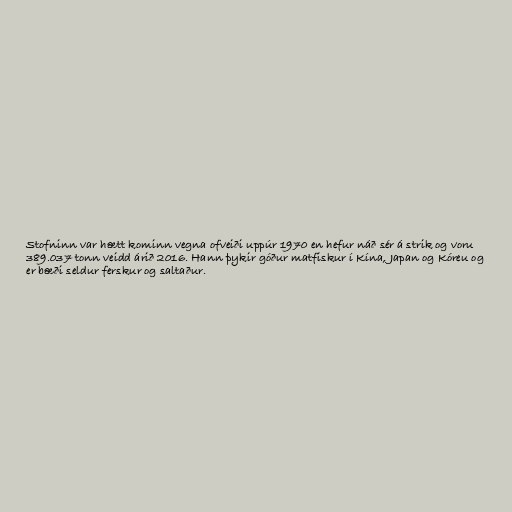
Stofninn var hætt kominn vegna ofveiði uppúr 1970 en hefur náð sér á strik og voru
389.037 tonn veidd árið 2016. Hann þykir góður matfiskur í Kína, Japan og Kóreu og
er bæði seldur ferskur og saltaður.